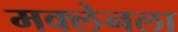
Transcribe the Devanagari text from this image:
मक्लेनला